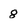
Character: 8